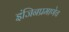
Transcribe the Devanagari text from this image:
इंजिनप्रमाणेच